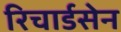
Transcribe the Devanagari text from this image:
रिचार्डसेन